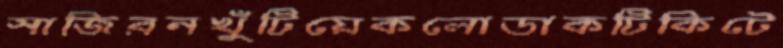
সাজিরনখুঁটিয়েকলোডাকটিকিটে